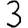
Digit: 3